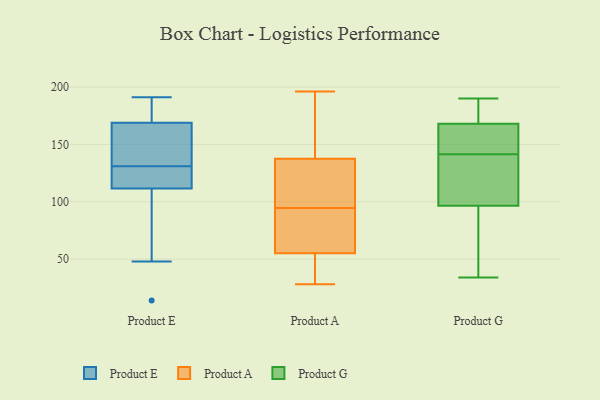
{"axis": {"x": "Active Users", "y": "Value"}, "legend": ["Product A", "Product E", "Product G"], "data": [{"x": "", "y": 124, "type": "Product E"}, {"x": "", "y": 169, "type": "Product E"}, {"x": "", "y": 48, "type": "Product E"}, {"x": "", "y": 119, "type": "Product E"}, {"x": "", "y": 14, "type": "Product E"}, {"x": "", "y": 185, "type": "Product E"}, {"x": "", "y": 166, "type": "Product E"}, {"x": "", "y": 180, "type": "Product E"}, {"x": "", "y": 131, "type": "Product E"}, {"x": "", "y": 110, "type": "Product E"}, {"x": "", "y": 168, "type": "Product E"}, {"x": "", "y": 116, "type": "Product E"}, {"x": "", "y": 191, "type": "Product E"}, {"x": "", "y": 152, "type": "Product E"}, {"x": "", "y": 96, "type": "Product E"}, {"x": "", "y": 196, "type": "Product A"}, {"x": "", "y": 135, "type": "Product A"}, {"x": "", "y": 117, "type": "Product A"}, {"x": "", "y": 78, "type": "Product A"}, {"x": "", "y": 140, "type": "Product A"}, {"x": "", "y": 64, "type": "Product A"}, {"x": "", "y": 44, "type": "Product A"}, {"x": "", "y": 112, "type": "Product A"}, {"x": "", "y": 177, "type": "Product A"}, {"x": "", "y": 173, "type": "Product A"}, {"x": "", "y": 111, "type": "Product A"}, {"x": "", "y": 65, "type": "Product A"}, {"x": "", "y": 28, "type": "Product A"}, {"x": "", "y": 69, "type": "Product A"}, {"x": "", "y": 34, "type": "Product A"}, {"x": "", "y": 46, "type": "Product A"}, {"x": "", "y": 156, "type": "Product G"}, {"x": "", "y": 70, "type": "Product G"}, {"x": "", "y": 158, "type": "Product G"}, {"x": "", "y": 34, "type": "Product G"}, {"x": "", "y": 131, "type": "Product G"}, {"x": "", "y": 98, "type": "Product G"}, {"x": "", "y": 171, "type": "Product G"}, {"x": "", "y": 168, "type": "Product G"}, {"x": "", "y": 190, "type": "Product G"}, {"x": "", "y": 92, "type": "Product G"}, {"x": "", "y": 84, "type": "Product G"}, {"x": "", "y": 149, "type": "Product G"}, {"x": "", "y": 105, "type": "Product G"}, {"x": "", "y": 143, "type": "Product G"}, {"x": "", "y": 168, "type": "Product G"}, {"x": "", "y": 140, "type": "Product G"}, {"x": "", "y": 95, "type": "Product G"}, {"x": "", "y": 172, "type": "Product G"}, {"x": "", "y": 176, "type": "Product G"}, {"x": "", "y": 129, "type": "Product G"}]}